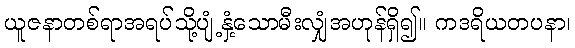
ယူဇနာတစ်ရာအရပ်သို့ပျံ့နှံ့သောမီးလျှံအဟုန်ရှိ၍။ ကဒရိယတပနာ၊